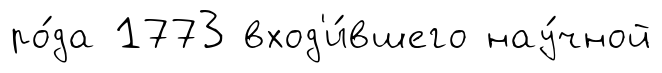
ро́да 1773 вход'и́вшего нау́чной